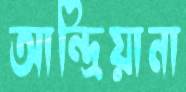
আন্দ্রিয়ানা